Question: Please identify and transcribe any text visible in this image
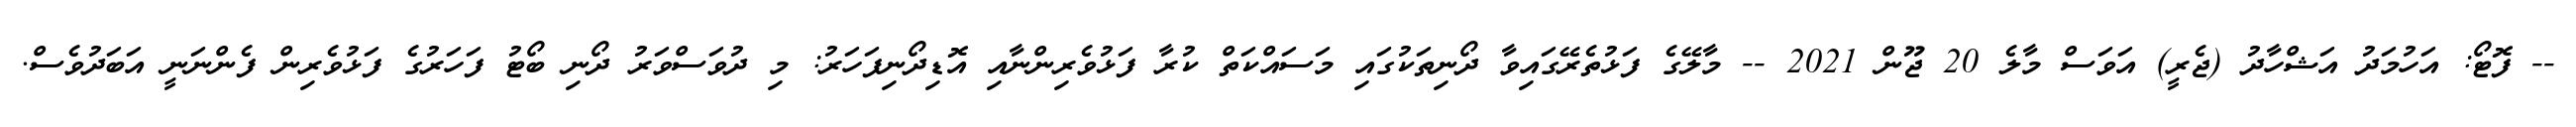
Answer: -- ފޮޓޯ: އަހުމަދު އަޝްހާދު (ޖެރީ) އަވަސް މާލެ 20 ޖޫން 2021 -- މާލޭގެ ފަޅުތެރޭގައިވާ ދޯނިތަކުގައި މަސައްކަތް ކުރާ ފަޅުވެރިންނާއި އޮޑިދޯނިފަހަރު: މި ދުވަސްވަރު ދޯނި ބޯޓު ފަހަރުގެ ފަޅުވެރިން ފެންނަނީ އަބަދުވެސް.